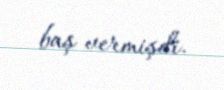
baş vermişdi.